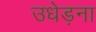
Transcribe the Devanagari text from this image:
उधेड़ना